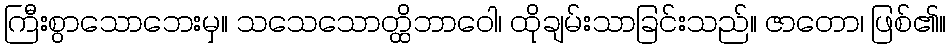
ကြီးစွာသောဘေးမှ။ သသေသောတ္ထိဘာဝေါ၊ ထိုချမ်းသာခြင်းသည်။ ဇာတော၊ ဖြစ်၏။